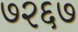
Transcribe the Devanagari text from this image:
७२६७